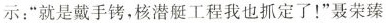
示：”就是戴手铐，核潜艇工程我也抓定了！”聂荣臻